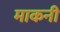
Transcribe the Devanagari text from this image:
माकनी